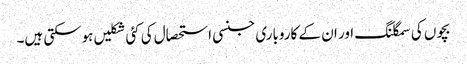
بچوں کی سمگلنگ اور ان کے کاروباری جنسی استحصال کی کئی شکلیں ہوسکتی ہیں۔